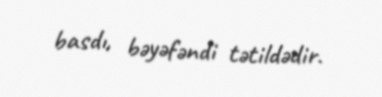
basdı, bəyəfəndi tətildədir.